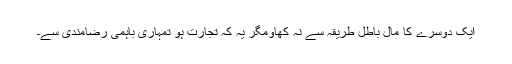
ایک دوسرے کا مال باطل طریقہ سے نہ کھاؤمگر یہ کہ تجارت ہو تمہاری باہمی رضامندی سے۔